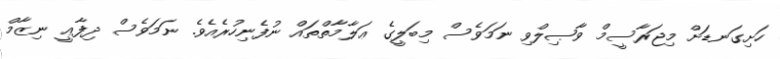
ހަށިގަނޑަށް މިޖަރާސީމް ވާޞިލްވި ނަމަވެސް މިބަލީގެ ޢަލާމާތްތައް ނުފެނިހުރެއެވެ. ނަމަވެސް ދިފާޢީ ނިޒާމް